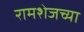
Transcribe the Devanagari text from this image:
रामशेजच्या